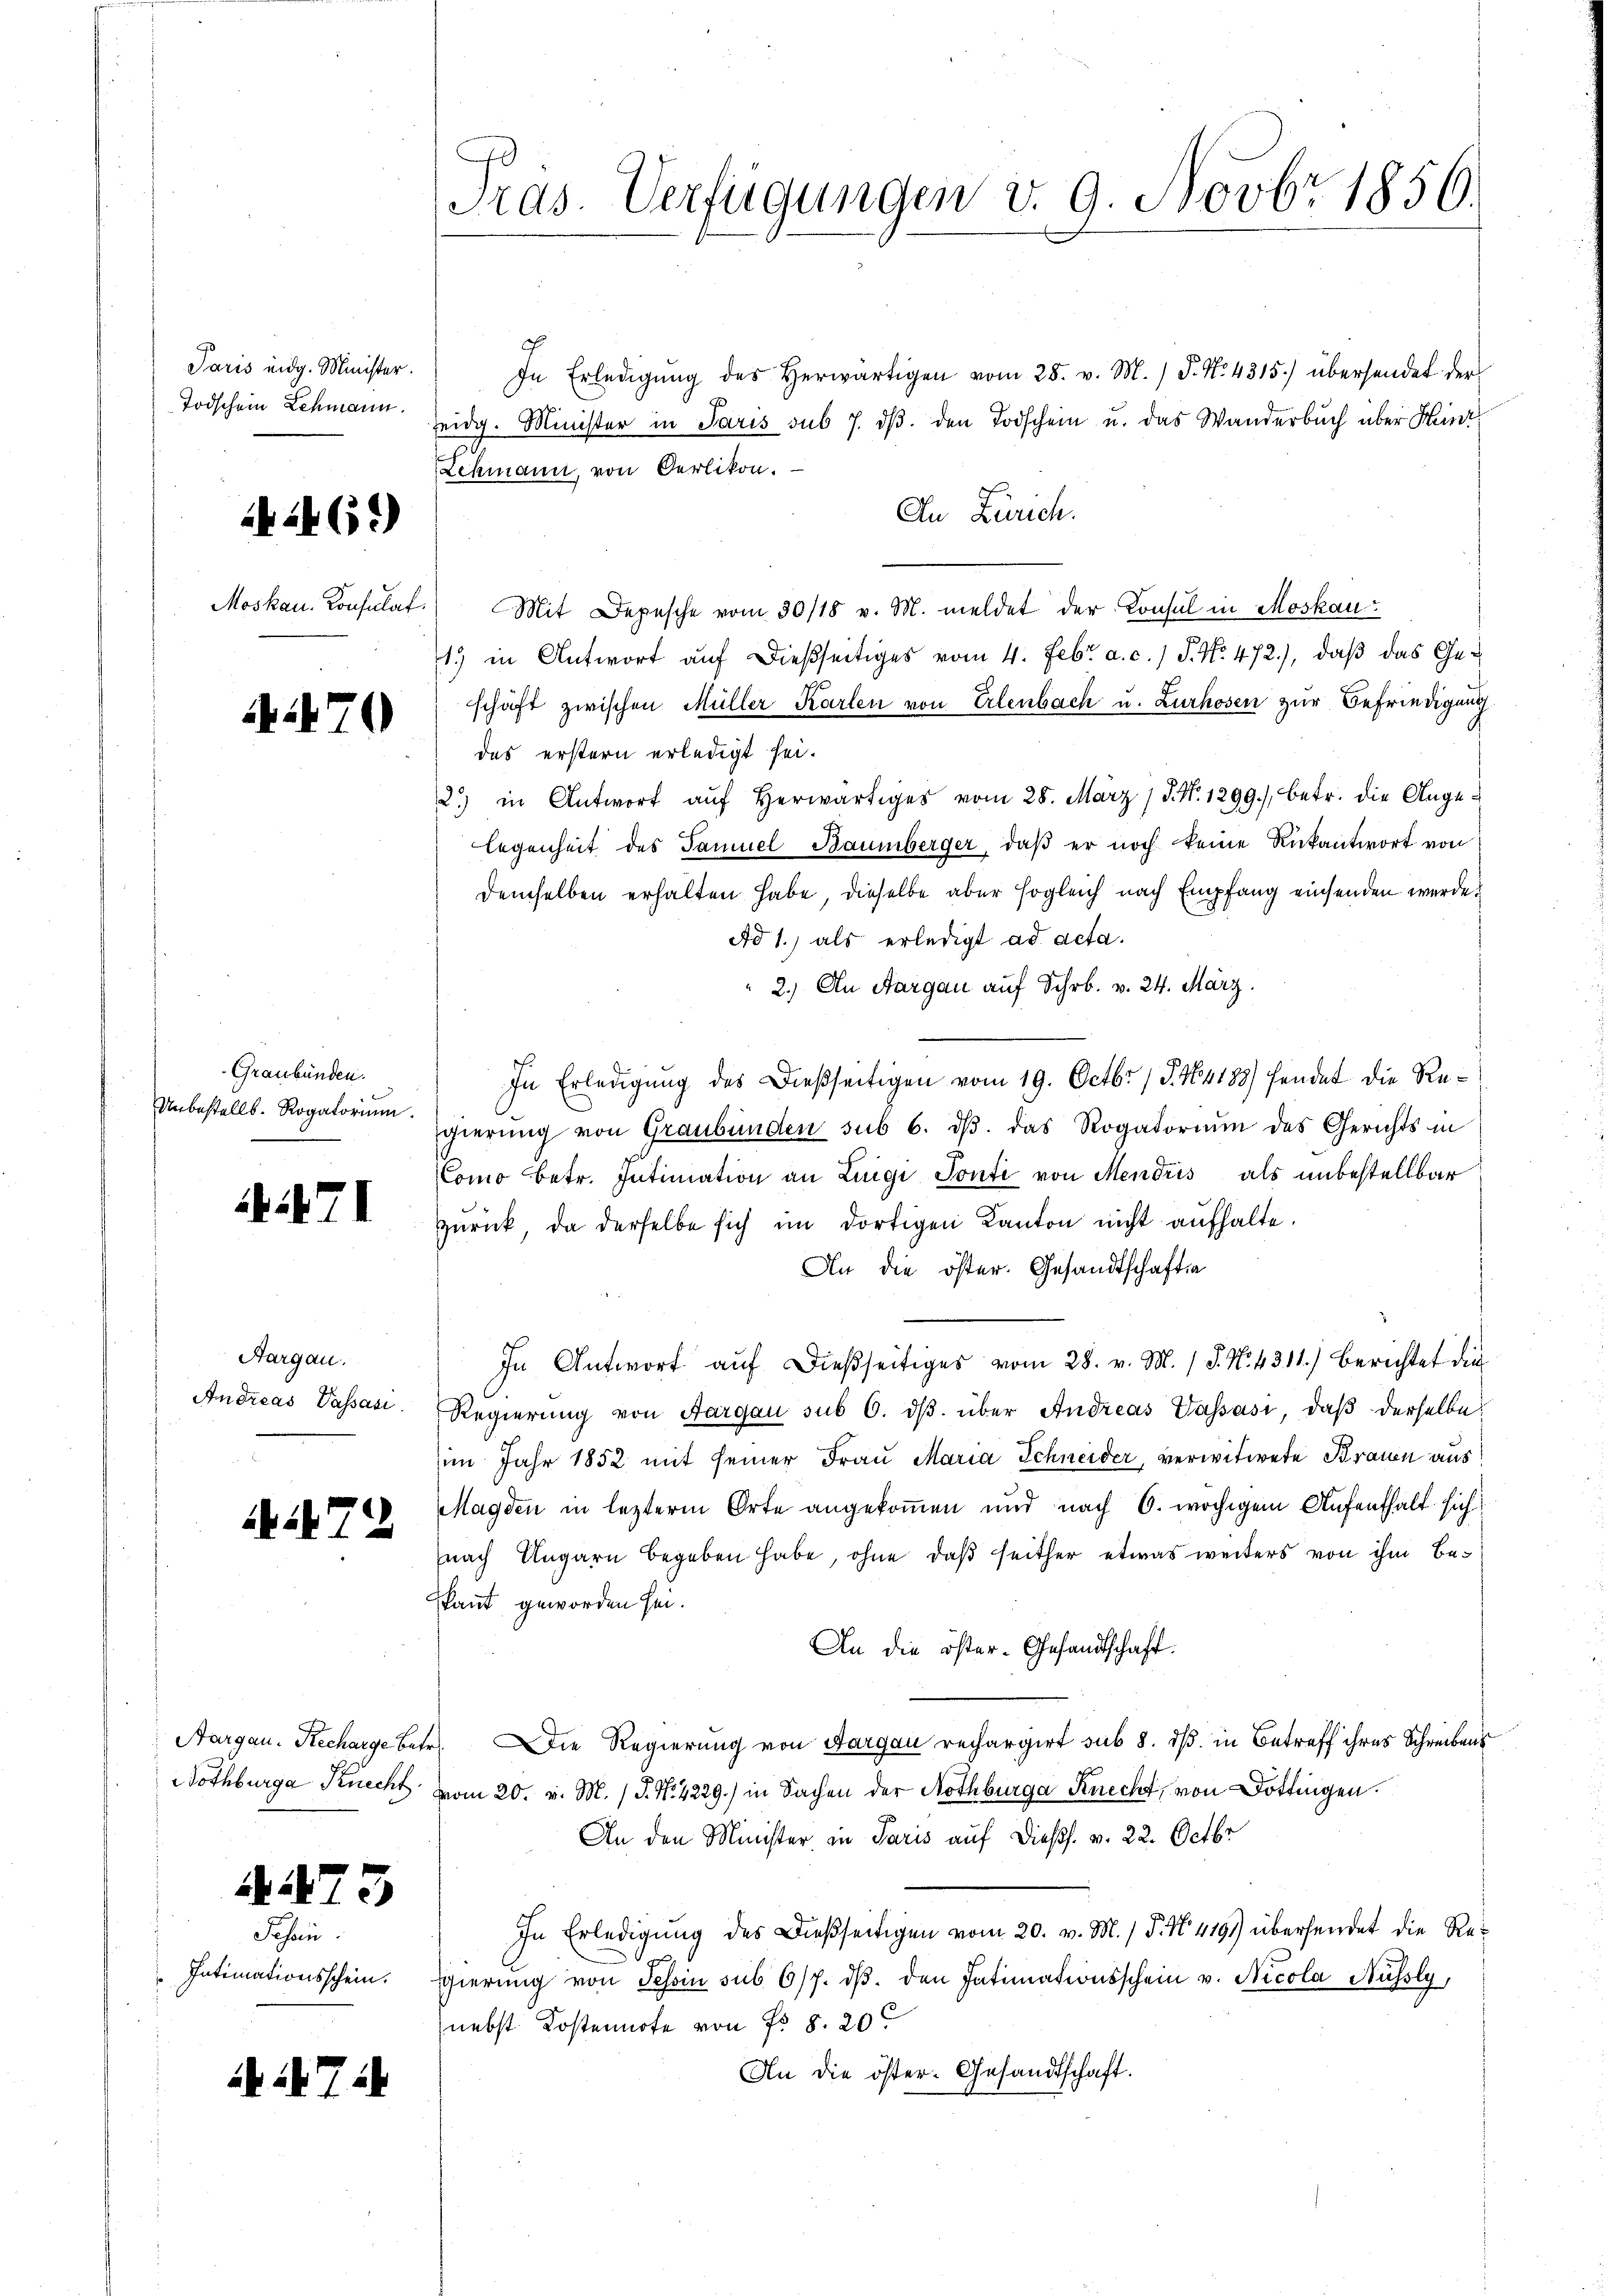
Paris eidg. Minister.
Todschein Lehmann.

461)

Moskau. Konsulat

A.70

Graubünden.
Unbestellt. Rogatorium.

A71

Aargau.
Andreas Passasi

A72

A.73

Jehein

if. 714

Tras. Verfügungen v. 9. Novbr. 1856.

In Erledigŭng des herwärtigen vom 25. v. M. P. No. 4315.) übersendet der
seidg. Minister in Paris sub 7. dβ. den Todschein u. das Wanderbŭch über Heinr
Lehmann, von Oerlikon. —
An Zürich.
Mit Depesche vom 30/18 v. M. meldet der Konsul in Moskau
1) in Antwort auf dießseitiges vom 4. Febr. a. c.) S. No. 472.), daß das Geschäft zwischen Müller Karlen von Erlenbach u. Lurhosen zur Befriedigung
das erstern erledigt sei.
2) in Antwort aŭf herwärtiges vom 28. März 1 J. N. 1299), betr. die Angelegenheit des Samuel Baumberger, daβ er noch keine Rückantwort von
demselben erhalten habe, dieselbe aber sogleich nach Empfang einsenden werde.
Ad 1) als erledigt ad acta.
2.) An Aargau auf Schr. v. 24. März.
In Erledigung des Dießseitigen vom 19. Octbr. / P. Nr. 188) findet die Regierung von Graubünden sub 6. dβ das Rogatorium des Gerichts in
Como betr. Intimation an Luigi Ponti von Mendris, als unbestellbar
zŭrück, da derselbe sich im dortigen Kanton nicht aufhalte.
An die öster. Gesandtschaften
In Antwort aŭf dießseitiges vom 28. v. M. 18. No. 4311) Berichtet die
Regierŭng von Aargau sub 6. dβ über Andreas Wassasi, daβ derselbe
im Jahr 1852 mit seiner Frau Maria Schneider, verwitwete Brauen aus
Magden in lezterm Orte angekommen und nach 6. wöchigem Aufenthalt sich
nach Ungarn begeben habe, ohne daß seither etwas weiters von ihm be¬
Pant geworden sei.
An die öster-Gesandtschaft.
Aargau. Recharge betr. Die Regierung von Sargau rechargirt sub 8. dß in Betreff ihres Schreibens
Nothburg Knecht vom 20. v. M. (T. N. 4229) in Sachen der Nothburga Knecht, von Dottingen.
An den Minister in Paris auf dießs. v. 22. Octbr
In Erledigung des Dießseitigen vom 20. v. M. / P. N. 4191) übersendet die Re¬
Intimationsschein. Egierŭng von Tessin sub 6/7. dβ. den Intimationsschein v. Nicola Müssly,
nebst Kostennote von Fr. 8. 20
An die öster- Gesandtschaft.